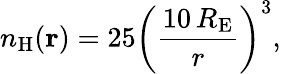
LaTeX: n_{\mathrm{H}}(\mathbf{r})=25\left(\frac{10\, R_{\mathrm{E}}}{r}\right)^{3},